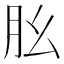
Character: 𦘷